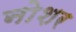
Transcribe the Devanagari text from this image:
नोशर